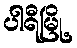
ပါရီမြို့